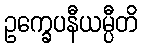
ဥက္ခေပနီယမ္ပီတိ